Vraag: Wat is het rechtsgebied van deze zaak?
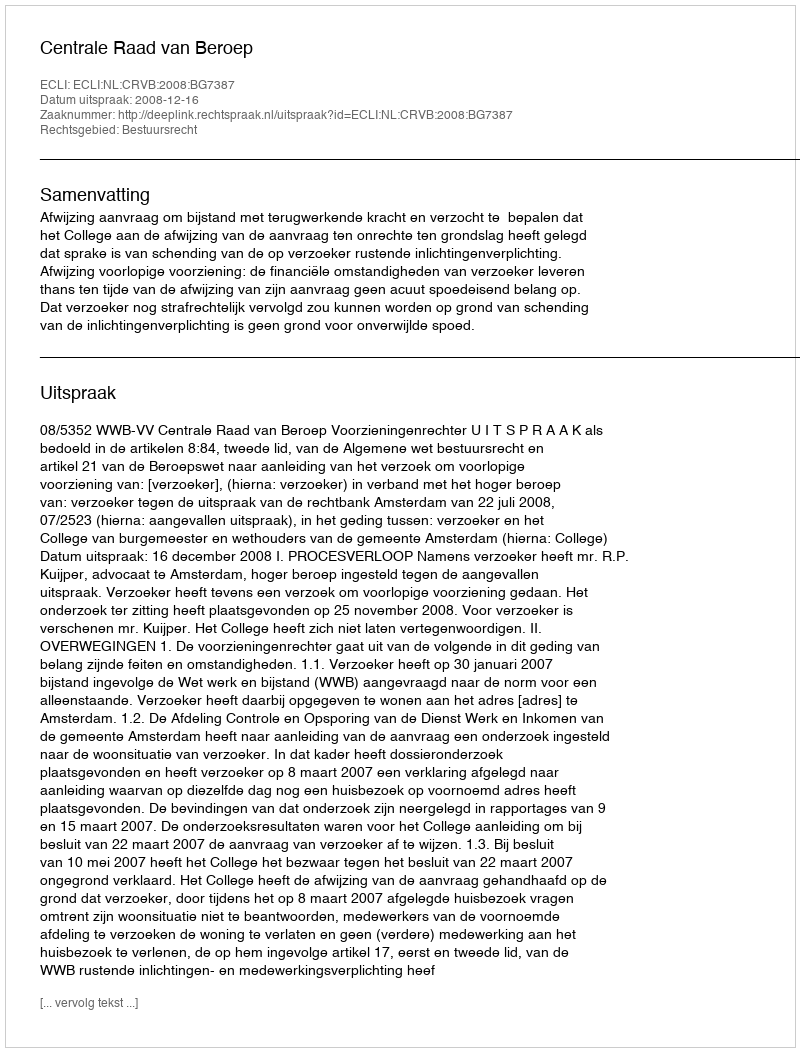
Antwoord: Bestuursrecht